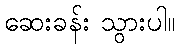
ဆေးခန်း သွားပါ။